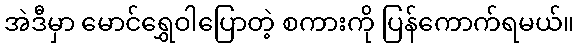
အဲဒီမှာ မောင်ရွှေဝါပြောတဲ့ စကားကို ပြန်ကောက်ရမယ်။